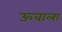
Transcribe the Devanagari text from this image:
ऊबाला